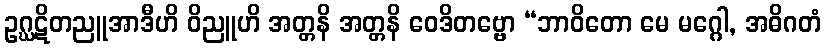
ဥဂ္ဃဋိတညူအာဒီဟိ ဝိညူဟိ အတ္တနိ အတ္တနိ ဝေဒိတဗ္ဗော “ဘာဝိတော မေ မဂ္ဂေါ, အဓိဂတံ